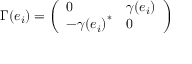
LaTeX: \Gamma ( e _ { i } ) = \left( \begin{array} { l l } { { 0 } } & { { \gamma ( e _ { i } ) } } \\ { { - { \gamma ( e _ { i } ) } ^ { * } } } & { { 0 } } \end{array} \right)